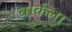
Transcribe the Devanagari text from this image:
बार्कला